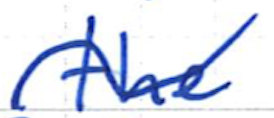
Text: the
Cross-out: wave
Writing tool: ballpoint